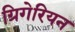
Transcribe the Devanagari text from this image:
ग्रिगेरियन